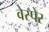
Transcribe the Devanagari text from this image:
वेस्पेर